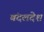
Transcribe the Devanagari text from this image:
बंदलदेश